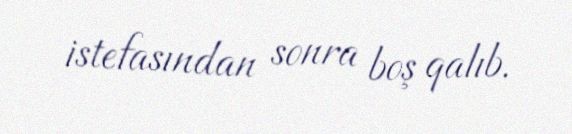
istefasından sonra boş qalıb.